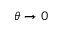
\theta \xrightarrow { } 0